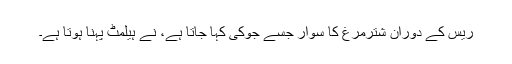
ریس کے دوران شترمرغ کا سوار جسے جوکی کہا جاتا ہے، نے ہیلمٹ پہنا ہوتا ہے۔